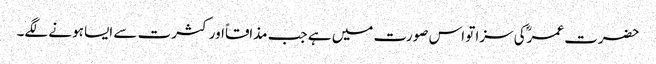
حضرت عمرؓکی سزا تو اس صورت میں ہے جب مذاقاًاور کثرت سے ایسا ہونے لگے۔